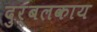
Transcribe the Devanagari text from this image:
दुर्बलकाय